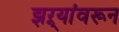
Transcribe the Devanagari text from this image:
झऱ्यांवरून